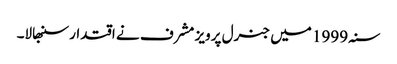
سنہ 1999 میں جنرل پرویز مشرف نے اقتدار سنبھالا۔